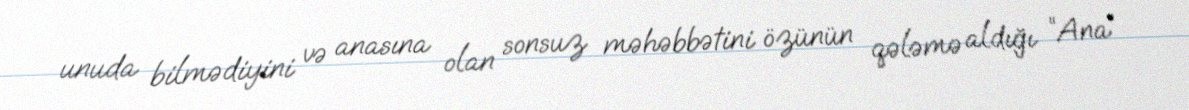
unuda bilmədiyini və anasına olan sonsuz məhəbbətini özünün qələmə aldığı “Ana”